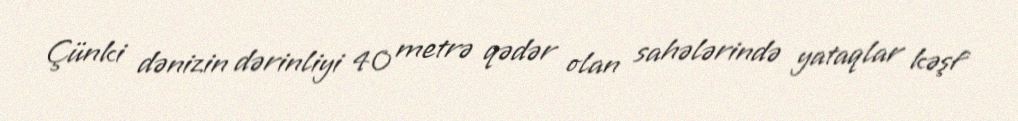
Çünki dənizin dərinliyi 40 metrə qədər olan sahələrində yataqlar kəşf